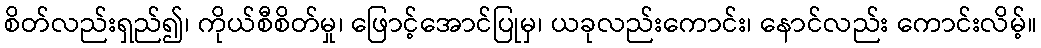
စိတ်လည်းရှည်၍၊ ကိုယ်စီစိတ်မှု၊ ဖြောင့်အောင်ပြုမှ၊ ယခုလည်းကောင်း၊ နောင်လည်း ကောင်းလိမ့်။